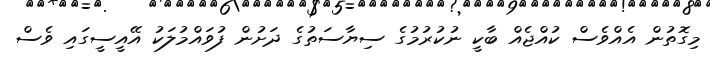
މިގޮތުން އެއްވެސް ކުއްޖެއް ބާކީ ނުކުރުމުގެ ސިޔާސަތުގެ ދަށުން ފުވައްމުލަކު އޭއީސީގައި ވެސް